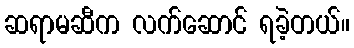
ဆရာမဆီက လက်ဆောင် ရခဲ့တယ်။